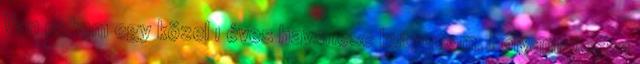
Van nekem egy közel 1 éves havanese kutyusom. Folyamatosan